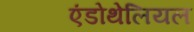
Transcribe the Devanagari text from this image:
एंडोथेलियल